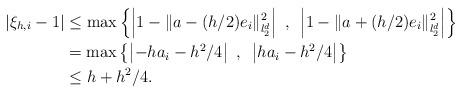
LaTeX: \begin{align*}\left\vert\xi_{h,i}-1\right\vert&\le \max\left\{\left\vert 1-\|a-(h/2)e_i\|_{l_2^d}^2\right\vert~,~\left\vert1-\|a+(h/2)e_i\|_{l_2^d}^2\right\vert\right\}\\&=\max\left\{\left\vert -ha_i-h^2/4\right\vert~,~\left\vert ha_i-h^2/4\right\vert\right\}\\&\leq h+h^2/4.\end{align*}